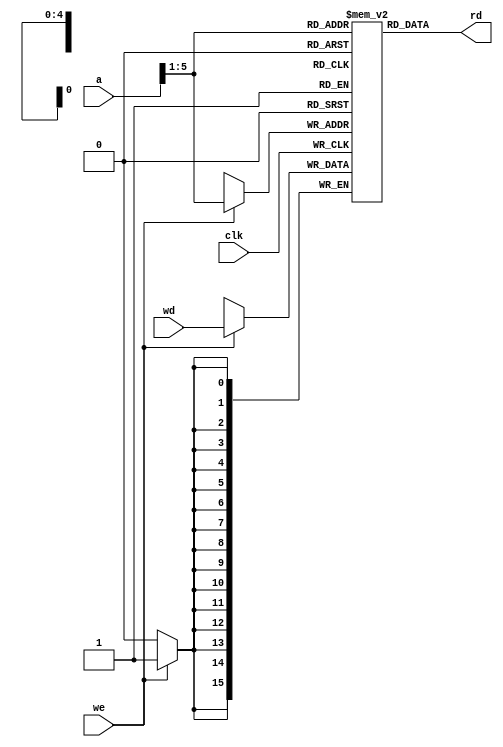
`timescale 1ns / 1ps
//////////////////////////////////////////////////////////////////////////////////
// Company: 
// Engineer: 
// 
// Design Name: 
// Module Name: data_mem
// Project Name: 
// Target Devices: 
// Tool Versions: 
// Description: 
// 
// Dependencies: 
// 
// Revision:
// Revision 0.01 - File Created
// Additional Comments:
// 
//////////////////////////////////////////////////////////////////////////////////


module data_mem (
    input         clk, 
    input         we,
    input  [15:0] a,
    input  [15:0] wd,
    output [15:0] rd
);

reg [15:0] RAM[31:0];


assign rd = RAM[a[15:1]];

integer i;


// for testing, to be removed
initial begin
  for (i=0;i<=31;i=i+1)
    RAM[i] = 0;
end

always @ (posedge clk)
    if (we)
        RAM[a[15:1]] <= wd;

endmodule